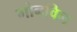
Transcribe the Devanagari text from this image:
गोनविल